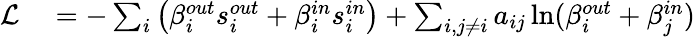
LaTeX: \begin{array}{rl}{\mathcal{L}}&{{}=-\sum_{i}\left(\beta_{i}^{out}s_{i}^{out}+\beta_{i}^{in}s_{i}^{in}\right)+\sum_{i,j\neq i}a_{ij}\ln(\beta_{i}^{out}+\beta_{j}^{in})}\end{array}